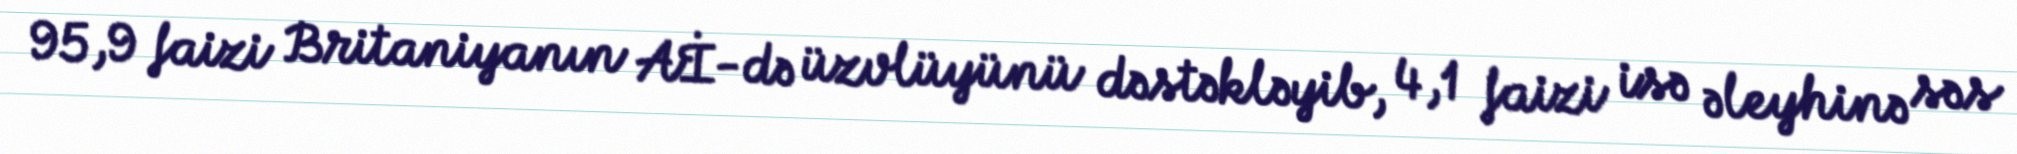
95,9 faizi Britaniyanın Aİ-də üzvlüyünü dəstəkləyib, 4,1 faizi isə əleyhinə səs